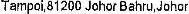
TAMPOI,81200 JOHOR BAHRU,JOHOR